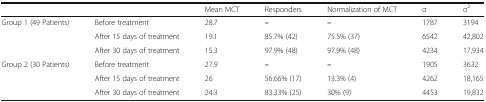
<table><thead><tr><td>[EMPTY_CELL]</td><td>[EMPTY_CELL]</td><td><b>Mean MCT</b></td><td><b>Responders</b></td><td><b>Normalization of MCT</b></td><td><b>σ</b></td><td><b>σ<sup>2</sup></b></td></tr></thead><tbody><tr><td rowspan="3">Group 1 (49 Patients)</td><td>Before treatment</td><td>28.7</td><td><b>–</b></td><td><b>–</b></td><td>1787</td><td>3194</td></tr><tr><td>After 15 days of treatment</td><td>19.1</td><td>85.7% (42)</td><td>75.5% (37)</td><td>6542</td><td>42,802</td></tr><tr><td>After 30 days of treatment</td><td>15.3</td><td>97.9% (48)</td><td>97.9% (48)</td><td>4234</td><td>17,934</td></tr><tr><td rowspan="3">Group 2 (30 Patients)</td><td>Before treatment</td><td>27.9</td><td><b>–</b></td><td><b>–</b></td><td>1905</td><td>3632</td></tr><tr><td>After 15 days of treatment</td><td>26</td><td>56.66% (17)</td><td>13.3% (4)</td><td>4262</td><td>18,165</td></tr><tr><td>After 30 days of treatment</td><td>24.3</td><td>83.33% (25)</td><td>30% (9)</td><td>4453</td><td>19,832</td></tr></tbody></table>